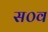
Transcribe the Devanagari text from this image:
स०व